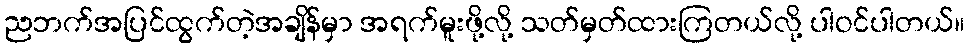
ညဘက်အပြင်ထွက်တဲ့အချိန်မှာ အရက်မူးဖို့လို့ သတ်မှတ်ထားကြတယ်လို့ ပါဝင်ပါတယ်။